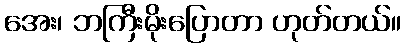
အေး၊ ဘကြီးမိုးပြောတာ ဟုတ်တယ်။